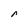
Character: r